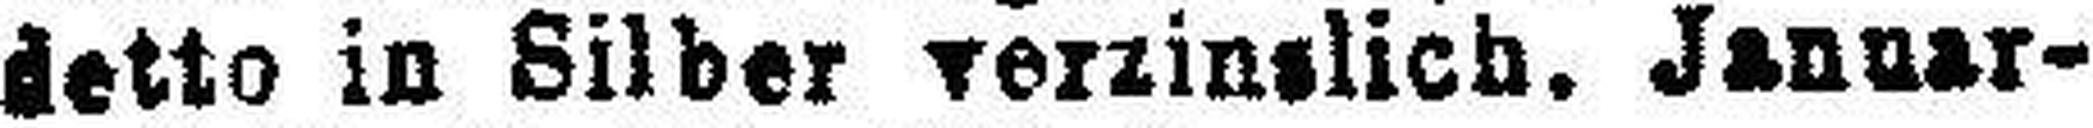
detto in Silber verzinslich. Januar-